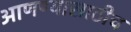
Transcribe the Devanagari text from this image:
आणण्यासाठीच